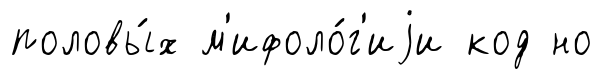
половы́х м'ифоло́г'иjи код но